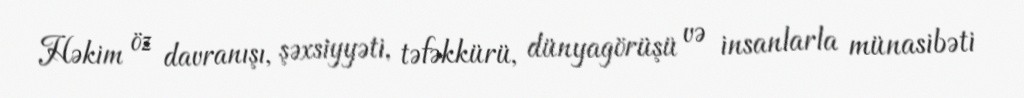
Həkim öz davranışı, şəxsiyyəti, təfəkkürü, dünyagörüşü və insanlarla münasibəti